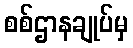
စစ်ဌာနချုပ်မှ